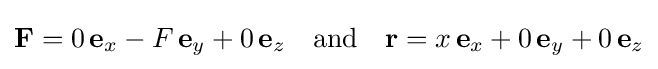
\mathbf {F} =0\,\mathbf {e} _{x}-F\,\mathbf {e} _{y}+0\,\mathbf {e} _{z}\quad {\text{and}}\quad \mathbf {r} =x\,\mathbf {e} _{x}+0\,\mathbf {e} _{y}+0\,\mathbf {e} _{z}